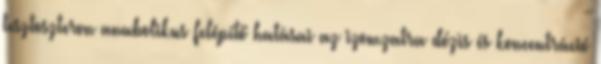
tesztoszteron anabolikus felépítő hatásai az izomzatra dózis és koncentráció